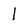
Character: l